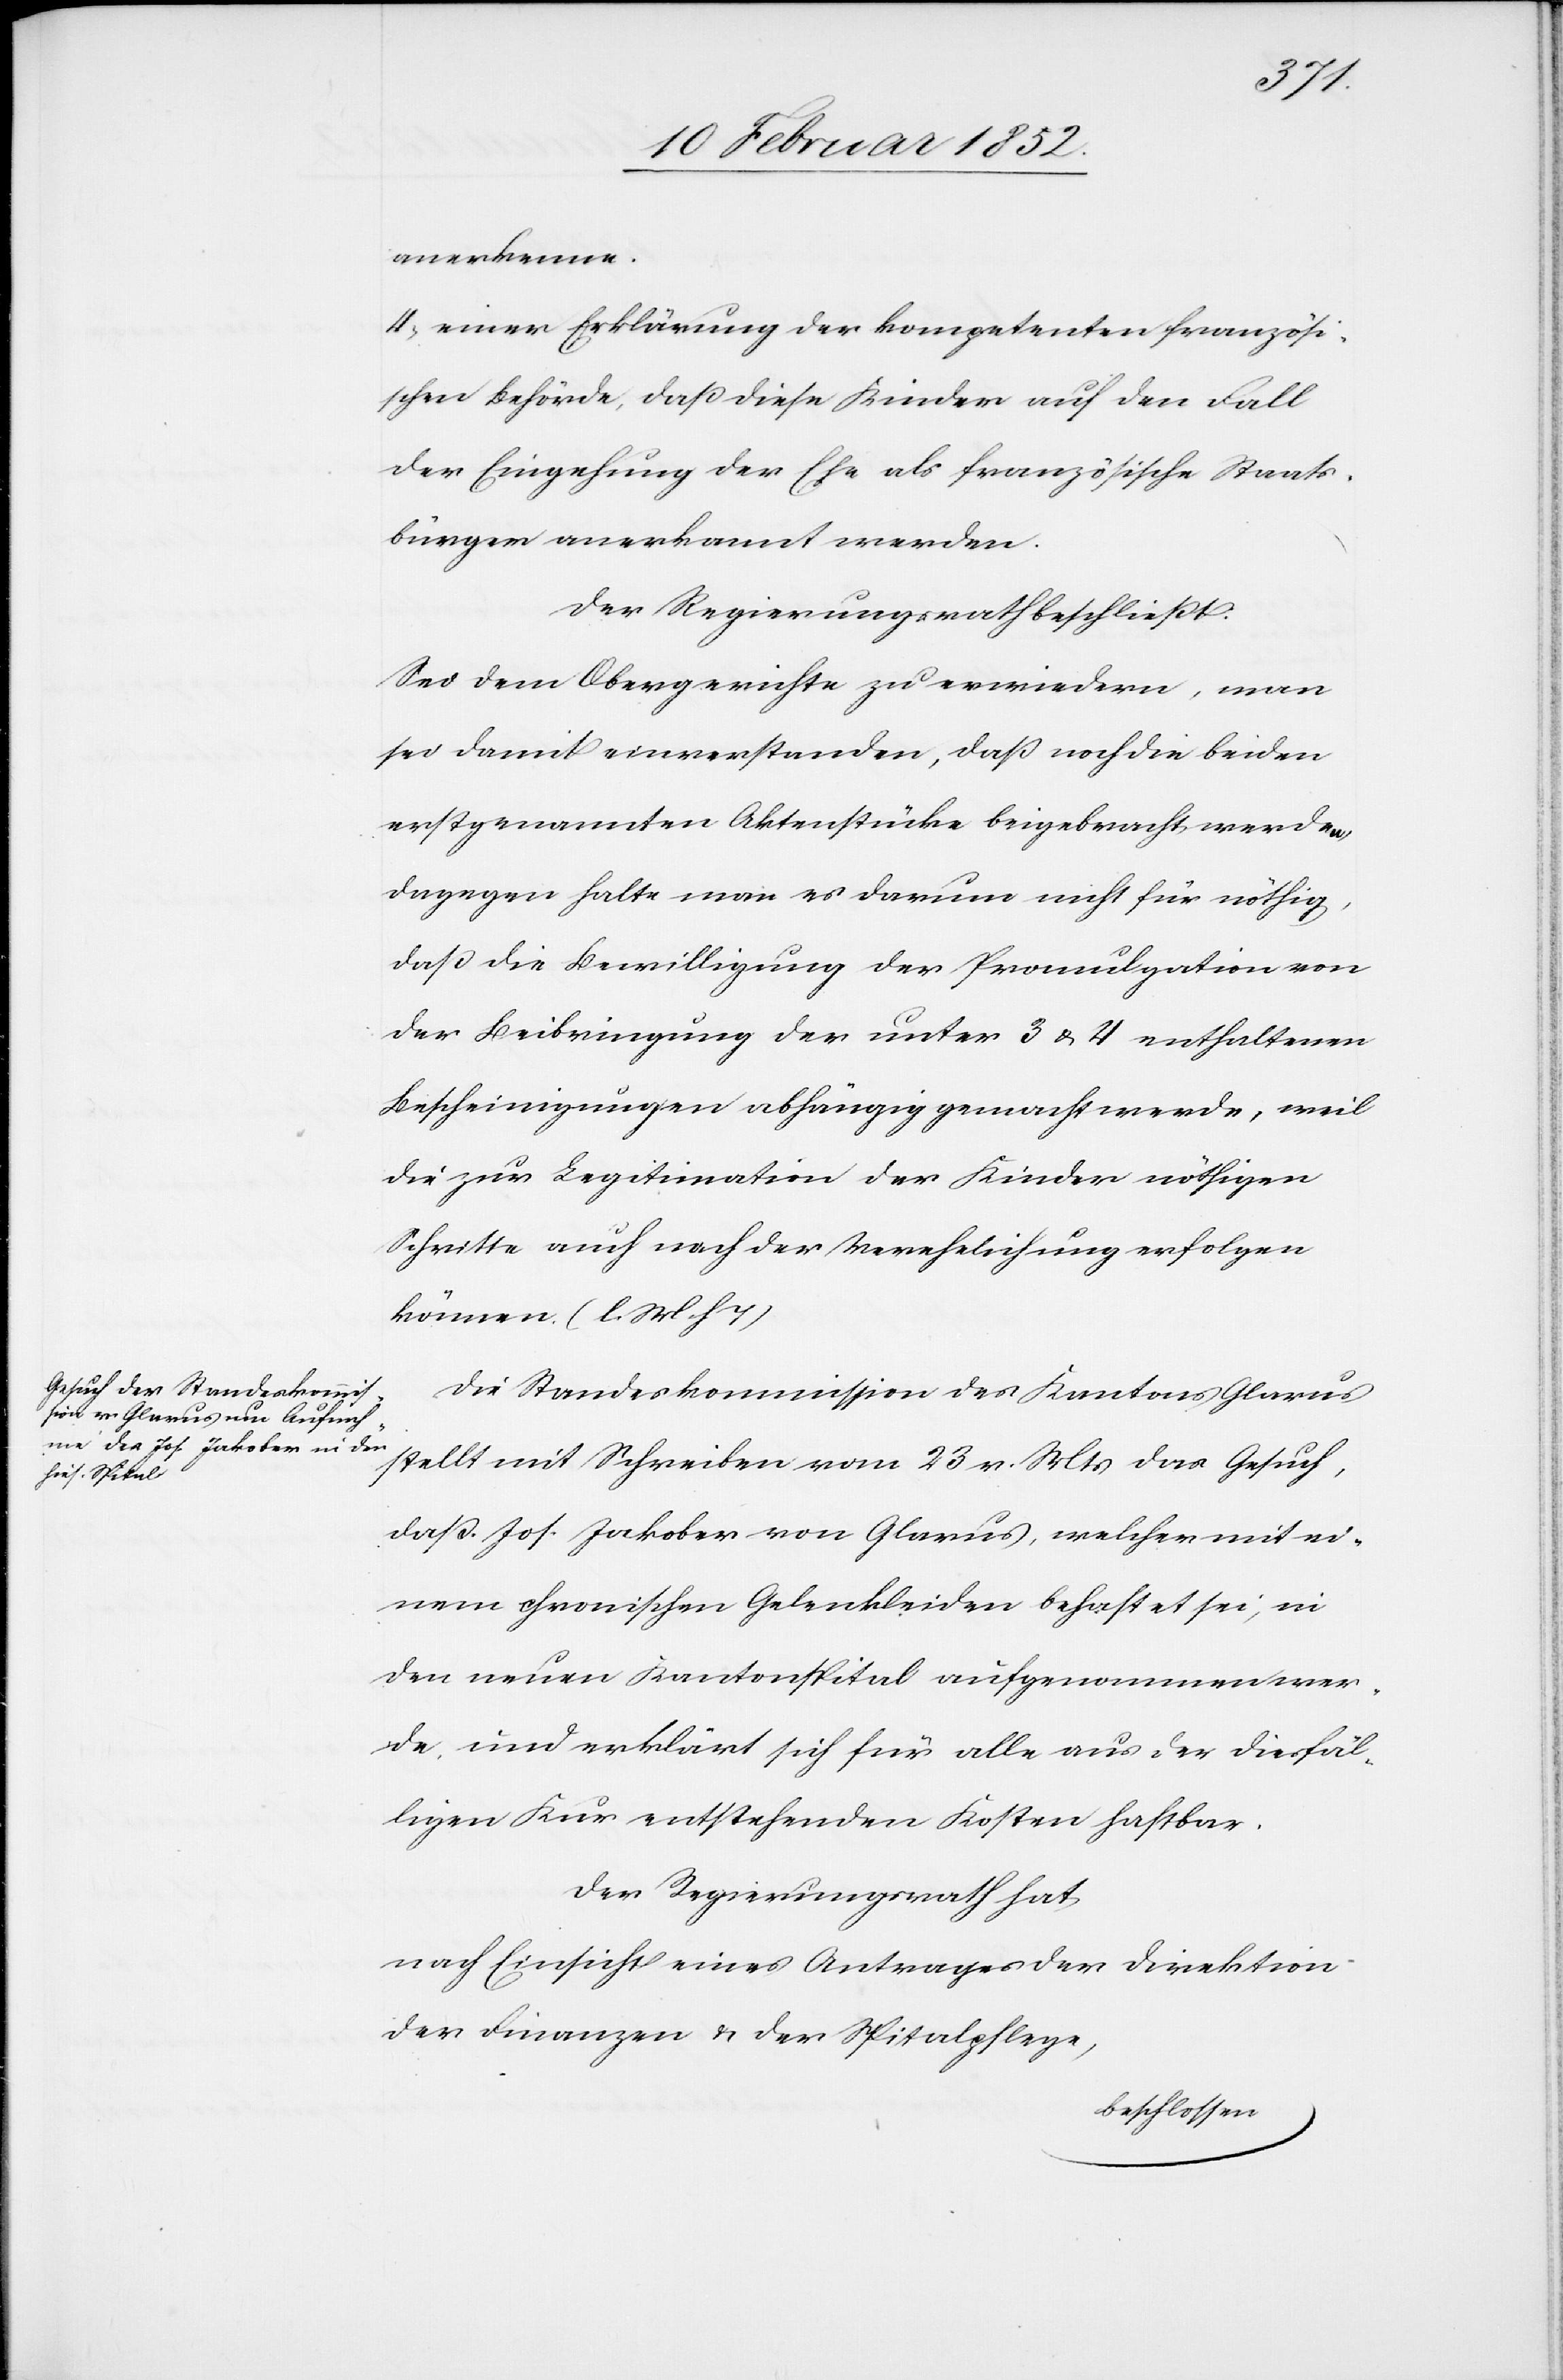
anerkenne.
4) einer Erklärung der kompetenten französi¬
schen Behörde, daß diese Kinder auf den Fall
der Eingehung der Ehe als französische Staats¬
bürger anerkannt werden.
Der Regierungsrath beschließt.
Sei dem Obergerichte zu erwiedern, man
sei damit einverstanden, daß noch die beiden
erstgenannten Aktenstücke beigebracht werden,
dagegen halte man es darum nicht für nöthig,
daß die Bewilligung der Promulgation von
der Beibringung der unter 3 u. 4 enthaltenen
Bescheinigungen abhängig gemacht werde, weil
die zur Legitimation der Kinder nöthigen
Schritte auch nach der Verehelichung erfolgen
können. (l. M. h T)
Die Standeskommission des Kantons Glarus
stellt mit Schreiben vom 23 v. Mts das Gesuch,
daß Jos. Jakober von Glarus, welcher mit ei¬
nem chronischen Gelenkleiden behaftet sei, in
den neuen Kantonsspital aufgenommen wer¬
de, und erklärt sich für alle aus der diesfäl¬
ligen Kur entstehenden Kosten haftbar.
Der Regierungsrath hat
nach Einsicht eines Antrages der Direktion
der Finanzen u. der Spitalpflege,